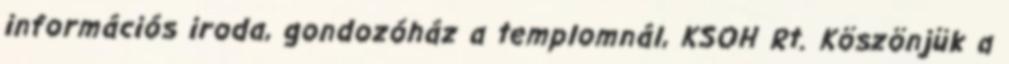
információs iroda, gondozóház a templomnál, KSOH Rt. Köszönjük a